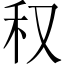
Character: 𥝐